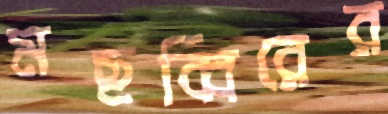
মছব্বিরের